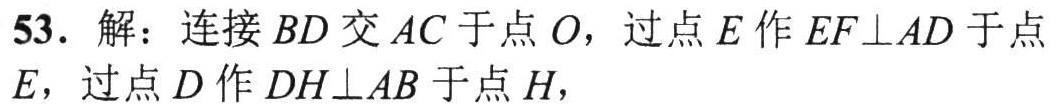
53. 解：连接 \(BD\) 交 \(AC\) 于点 \(O\)，过点 \(E\) 作 \(EF\perp AD\) 于点 \(E\)，过点 \(D\) 作 \(DH\perp AB\) 于点 \(H\)，